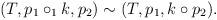
LaTeX: \begin{align*}(T, p_1 \circ_1 k, p_2) \sim (T, p_1, k \circ p_2) .\end{align*}